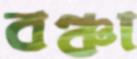
বঞ্চা